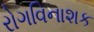
રોગવિનાશક